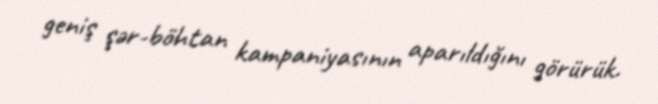
geniş şər-böhtan kampaniyasının aparıldığını görürük.